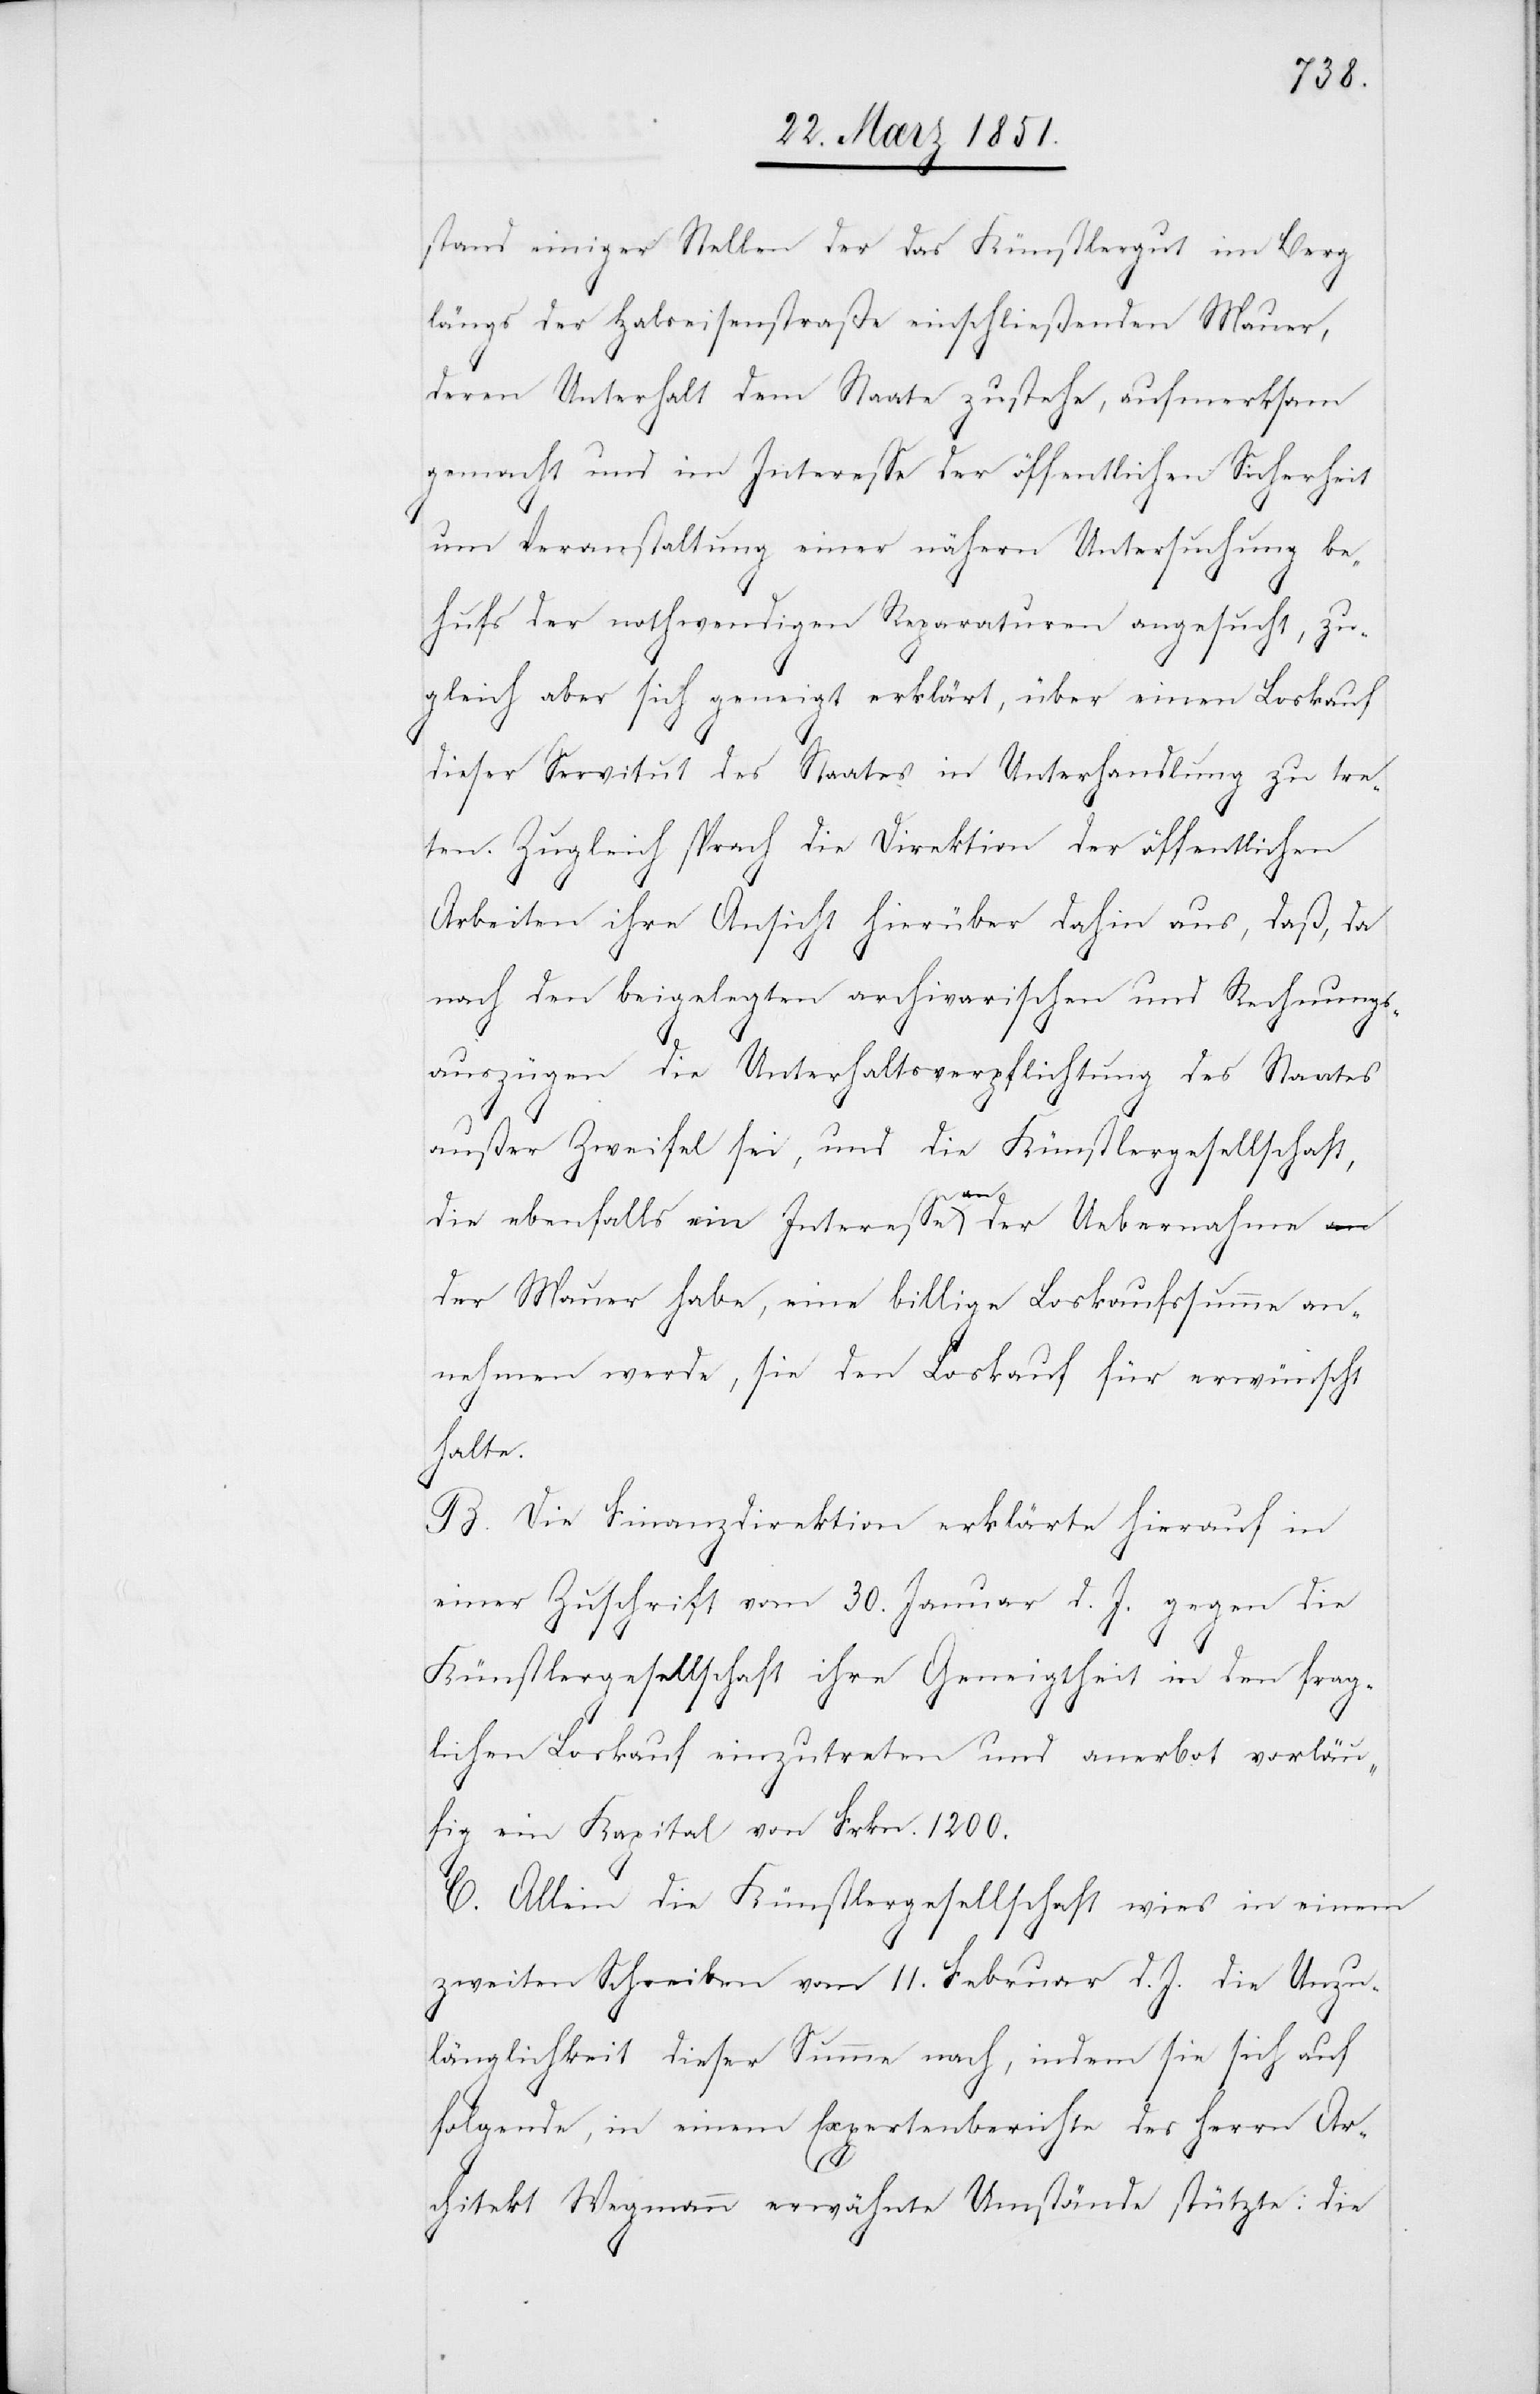
stand einiger Stellen der das Künstlergut im Berg
längs der Halseisenstraße einschließenden Mauer,
deren Unterhalt dem Staate zustehe, aufmerksam
gemacht und im Interesse der öffentlichen Sicherheit
um Veranstaltung einer nähern Untersuchung be¬
hufs der nothwendigen Reparaturen angesucht, zu¬
gleich aber sich geneigt erklärt, über einen Loskauf
dieser Servitut des Staates in Unterhandlung zu tre¬
ten. Zugleich sprach die Direktion der öffentlichen
Arbeiten ihre Ansicht hierüber dahin aus, daß, da
nach den beigelegten archivarischen und Rechnungs¬
auszügen die Unterhaltsverpflichtung des Staates
außer Zweifel sei, und die Künstlergesellschaft,
die ebenfalls ein Interesse an der Uebernahme
der Mauer habe, eine billige Loskaufssumme an¬
nehmen werde, sie den Loskauf für erwünscht
halte.
B. Die Finanzdirektion erklärte hierauf in
einer Zuschrift vom 30. Januar d. J. gegen die
Künstlergesellschaft ihre Geneigtheit in den frag¬
lichen Loskauf einzutreten und anerbot vorläu¬
fig ein Kapital von Frkn. 1200.
C. Allein die Künstlergesellschaft wies in einem
zweiten Schreiben vom 11. Februar d. J. die Unzu¬
länglichkeit dieser Summe nach, indem sie sich auf
folgende, in einem Expertenberichte des Herrn Ar¬
chitekt Wegmann erwähnte Umstände stützte: die